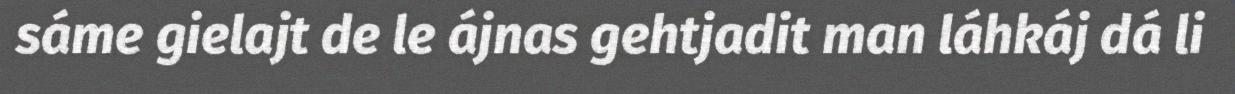
sáme gielajt de le ájnas gehtjadit man láhkáj dá li